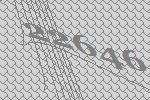
22646